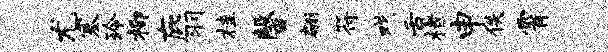
尤塞玲柳庇羽桂馨翩符戏舌楮申佚霄